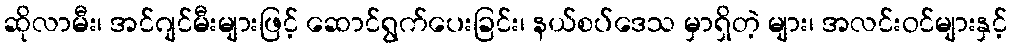
ဆိုလာမီး၊ အင်ဂျင်မီးများဖြင့် ဆောင်ရွက်ပေးခြင်း၊ နယ်စပ်ဒေသ မှာရှိတဲ့ များ၊ အလင်းဝင်များနှင့်